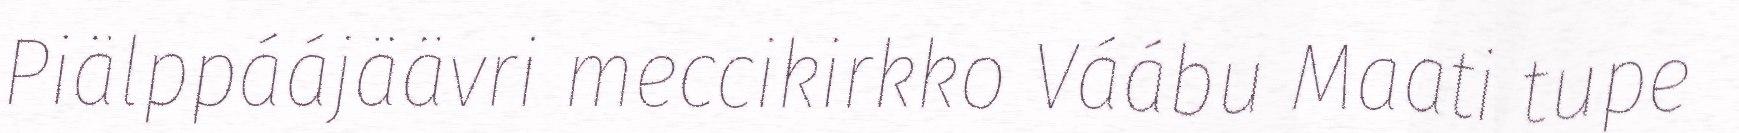
Piälppáájäävri meccikirkko Váábu Maati tupe